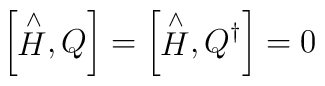
\left[\stackrel{\wedge }{H},Q\right] =\left[\stackrel{\wedge }{H},Q^{\dagger }\right] =0